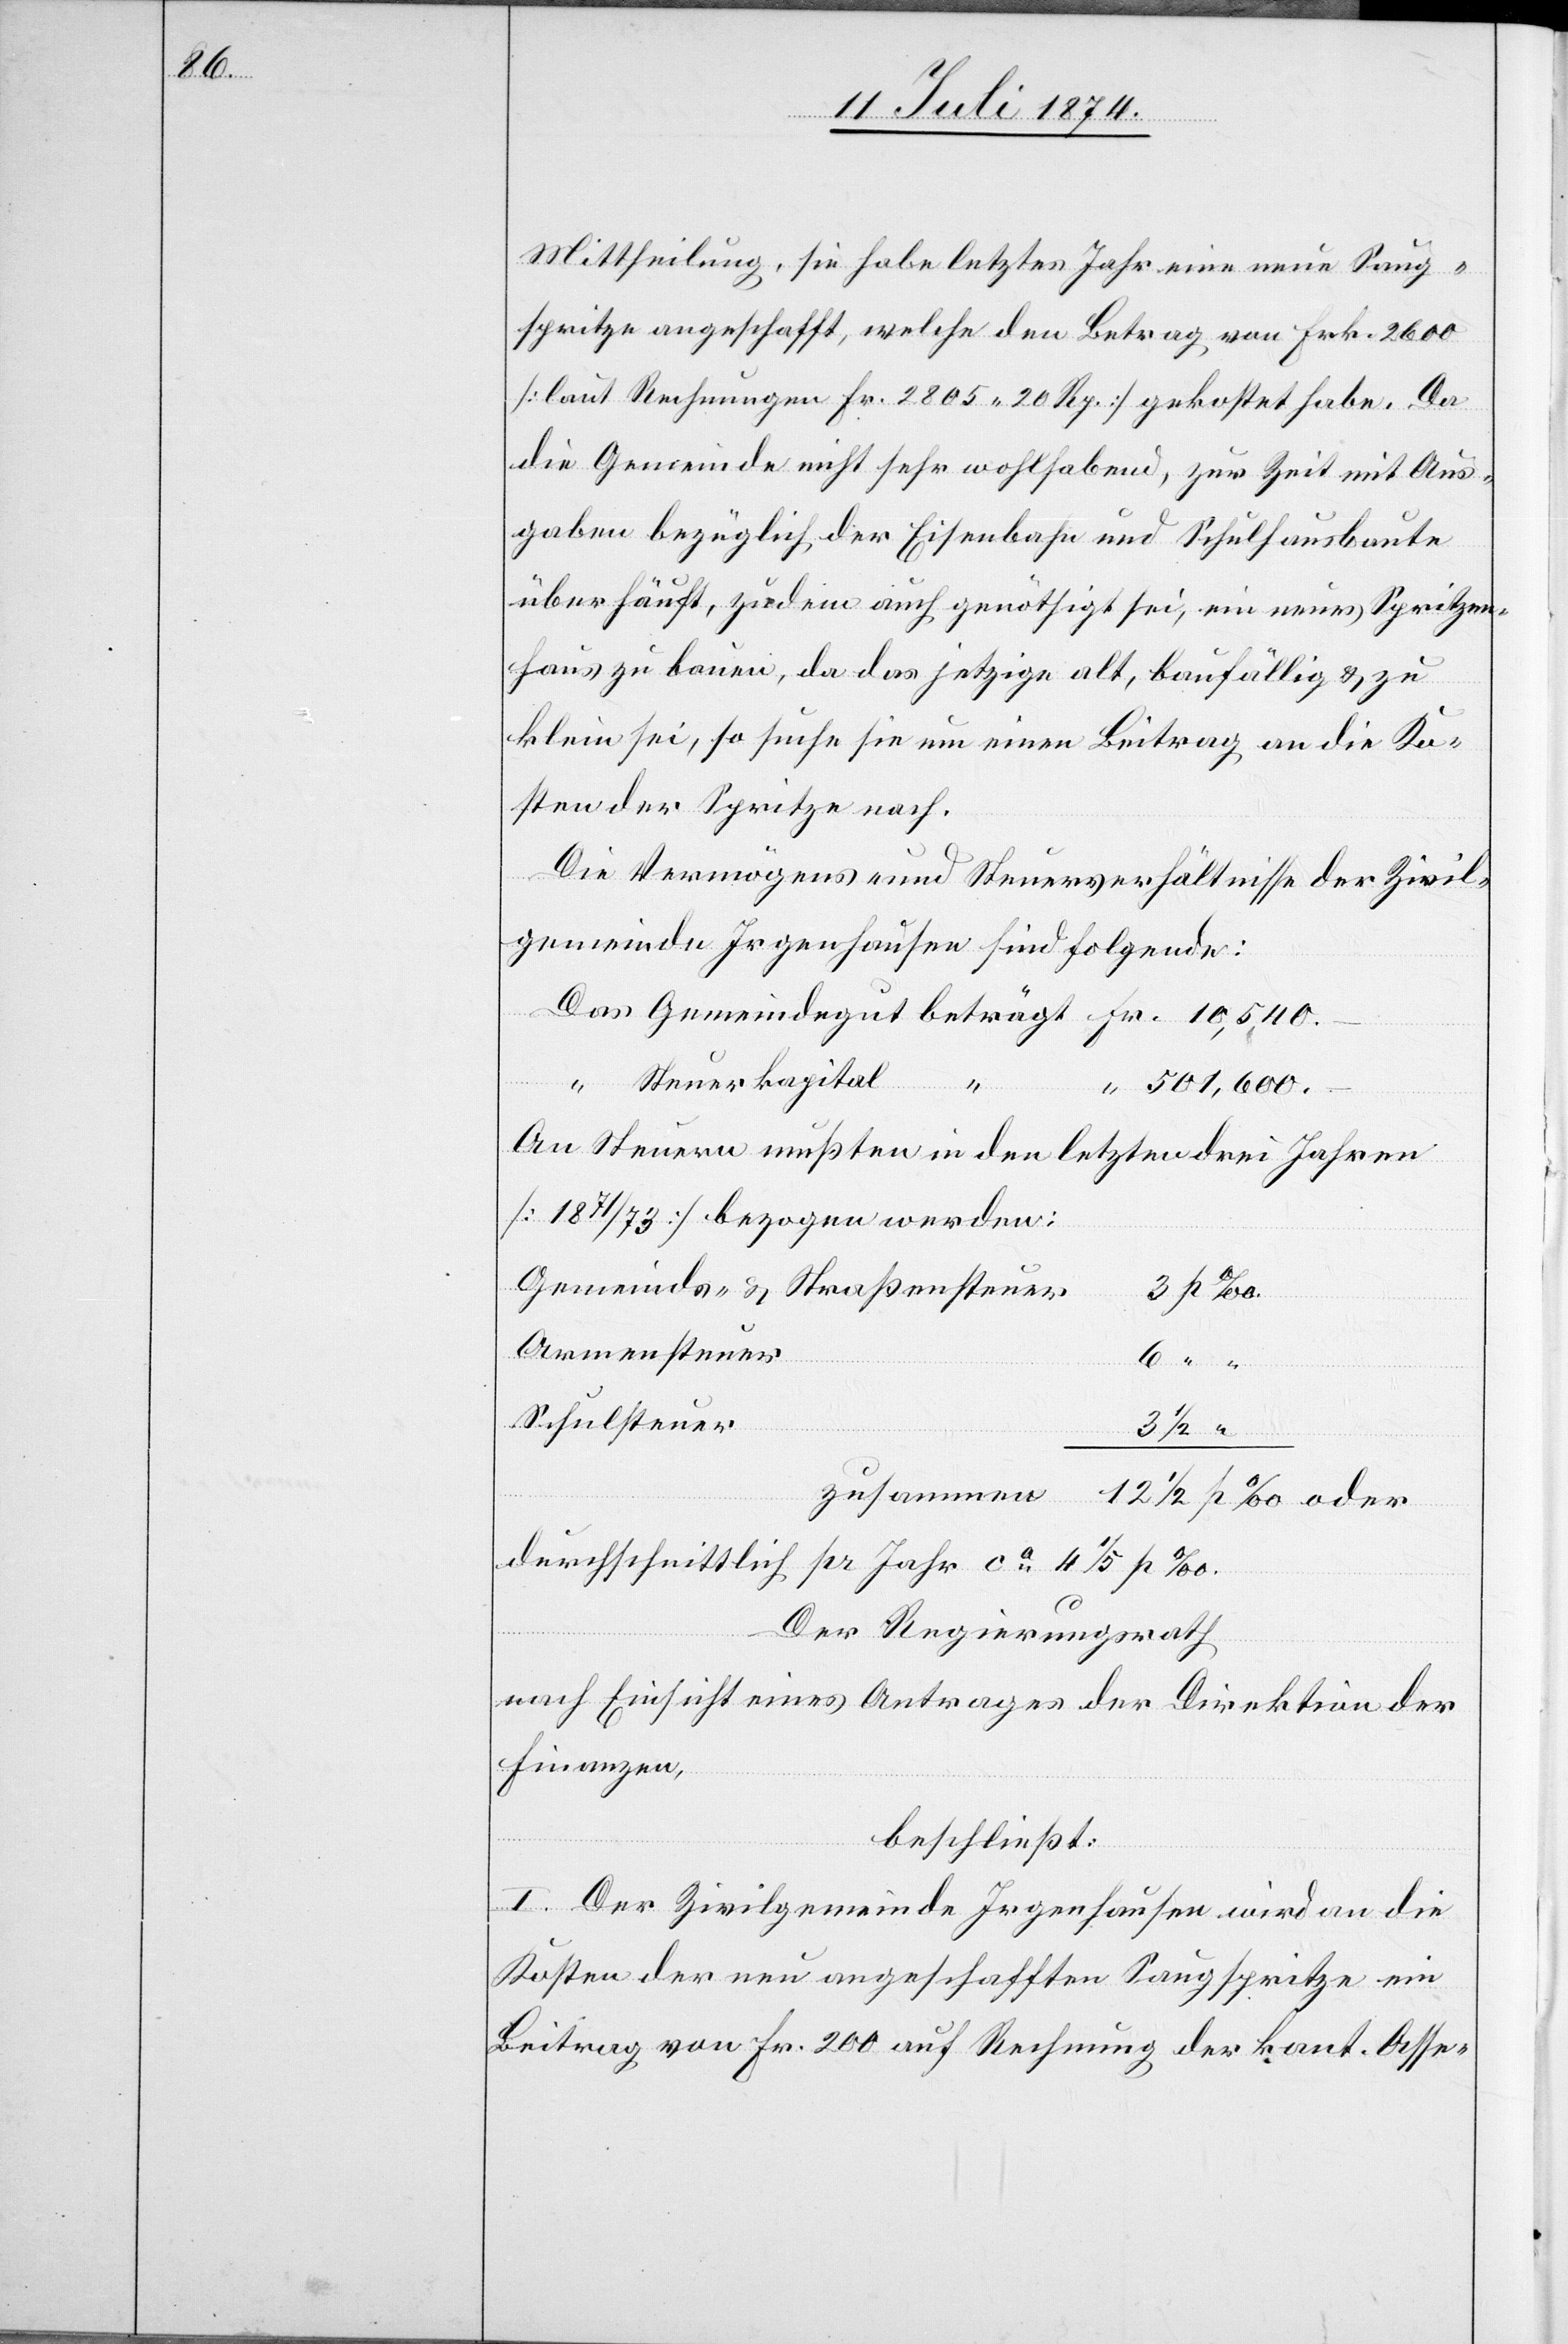
Mittheilung, sie habe letztes Jahr eine neue Saug¬
spritze angeschafft, welche den Betrag von Frk. 2600
[laut Rechnungen Fr. 2805.20 Rp.] gekostet habe. Da
die Gemeinde nicht sehr wohlhabend, zur Zeit mit Aus¬
gaben bezüglich der Eisenbahn und Schulhausbaute
überhäuft, zudem auch genöthigt sei, ein neues Spritzen¬
haus zu bauen, da das jetzige alt, baufällig u. zu
klein sei, so suche sie um einen Beitrag an die Ko¬
sten der Spritze nach.
Die Vermögens- und Steuerverhältnisse der Zivil¬
gemeinde Irgenhausen sind folgende:
Steuerkapital
zusammen
501,600.–
An Steuern mußten in den letzten drei Jahren
[1871/73] bezogen werden:
Gemeinds- u. Straßensteuer
Armensteuer
Schulsteuer
oder
“
durchschnittlich pr Jahr ca 4 1/5 p‰.
12
Der Regierungsrath
nach Einsicht eines Antrages der Direktion der
Finanzen,
beschließt:
I. Der Zivilgemeinde Irgenhausen wird an die
Kosten der neu angeschafften Saugspritze ein
Beitrag von Fr. 200 auf Rechnung der kant. Asse-